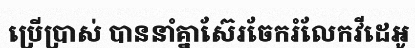
ប្រើប្រាស់ បាននាំគ្នាស៊ែរចែករំលែកវីដេអូ